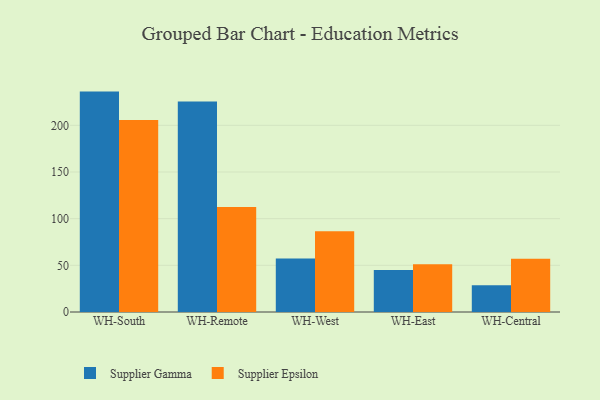
{"axis": {"x": "Warehouse", "y": "Gross Profit (USD K)"}, "legend": ["Supplier Epsilon", "Supplier Gamma"], "data": [{"x": "WH-South", "y": 236.1, "type": "Supplier Gamma"}, {"x": "WH-South", "y": 205.8, "type": "Supplier Epsilon"}, {"x": "WH-Remote", "y": 225.6, "type": "Supplier Gamma"}, {"x": "WH-Remote", "y": 112.4, "type": "Supplier Epsilon"}, {"x": "WH-West", "y": 57.3, "type": "Supplier Gamma"}, {"x": "WH-West", "y": 86.6, "type": "Supplier Epsilon"}, {"x": "WH-East", "y": 45.1, "type": "Supplier Gamma"}, {"x": "WH-East", "y": 51.2, "type": "Supplier Epsilon"}, {"x": "WH-Central", "y": 28.7, "type": "Supplier Gamma"}, {"x": "WH-Central", "y": 57.0, "type": "Supplier Epsilon"}]}